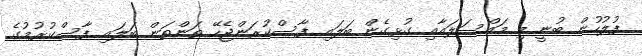
ފުލުހުން ބުނީ މި މައްސަލައާއި ގުޅިގެން ބަލައި ފާސްކުރަންޖެހޭ ތަންތަން ބަލައި ފާސްކުރުމުގެ